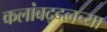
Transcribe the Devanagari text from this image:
कलांबद्दलच्या